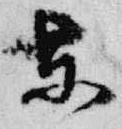
東